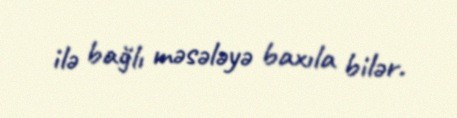
ilə bağlı məsələyə baxıla bilər.